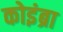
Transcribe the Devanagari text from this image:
कोइंब्रा